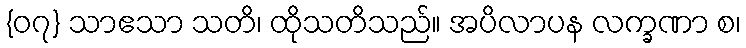
{၀၇} သာဧသာ သတိ၊ ထိုသတိသည်။ အပိလာပန လက္ခဏာ စ၊